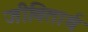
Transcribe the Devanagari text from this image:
जीवितार्थ